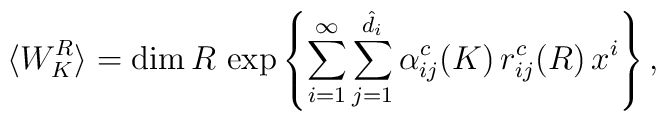
\langle W^R_K \rangle = \hbox{\rm dim}\, R \,\exp\left\{ \sum_{i=1}^\infty\sum_{j=1}^{\hat d_i} \alpha_{ij}^c(K)\,r_{ij}^c(R)\,x^i\right\},